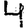
Digit: 4